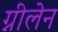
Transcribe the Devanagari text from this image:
ग्नीलेन